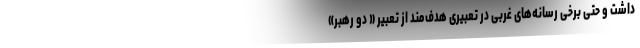
داشت و حتی برخی رسانه‌های غربی در تعبیری هدف‌مند از تعبیر « دو رهبر»